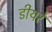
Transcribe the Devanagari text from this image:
डीयरे